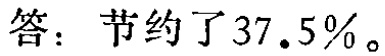
答：节约了\(37.5\%\)。